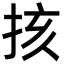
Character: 㧡